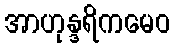
အာဟုန္ဒရိကမေဝ